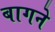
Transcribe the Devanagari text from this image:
बागने